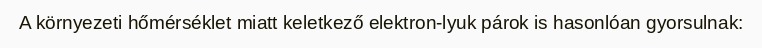
A környezeti hőmérséklet miatt keletkező elektron-lyuk párok is hasonlóan gyorsulnak: